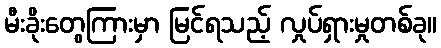
မီးခိုးတွေကြားမှာ မြင်ရသည့် လှုပ်ရှားမှုတစ်ခု။